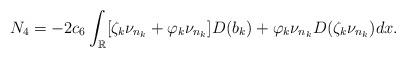
LaTeX: \begin{align*}N_4=-2c_6\int_{\mathbb R} [\zeta_k \nu_{n_k} +\varphi_k \nu_{n_k}]D(b_k) + \varphi_k \nu_{n_k}D(\zeta_k \nu_{n_k})dx.\end{align*}